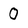
Character: O